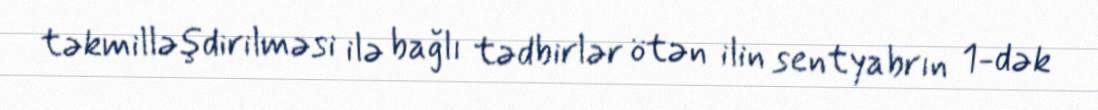
təkmilləşdirilməsi ilə bağlı tədbirlər ötən ilin sentyabrın 1-dək